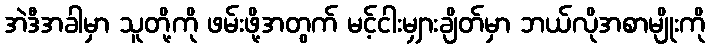
အဲဒီအခါမှာ သူတို့ကို ဖမ်းဖို့အတွက် မင့်ငါးမျှားချိတ်မှာ ဘယ်လိုအစာမျိုးကို